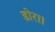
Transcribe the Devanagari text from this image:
डोरा।